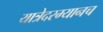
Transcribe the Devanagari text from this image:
यात्रेदरम्यानच